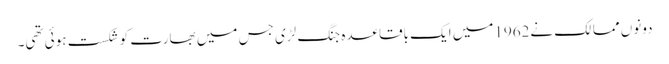
دونوں ممالک نے1962میں ایک باقاعدہ جنگ لڑی جس میں بھارت کو شکست ہوئی تھی۔